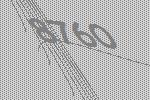
8760